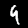
Digit: 4